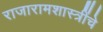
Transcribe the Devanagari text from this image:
राजारामशास्त्रींचे